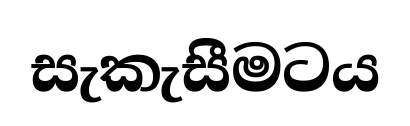
සැකැසීමටය